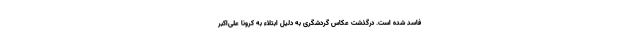
فاسد شده است. درگذشت عکاس گردشگری به دلیل ابتلاء به کرونا علی‌اکبر